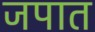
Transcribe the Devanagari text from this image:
जपात